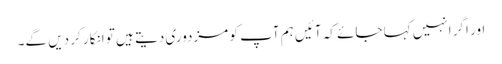
اور اگر انہیں کہا جائے کہ آئیں ہم آپ کو مزدوری دیتے ہیں تو انکار کر دیں گے۔